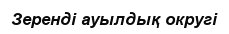
Зеренді ауылдық округі